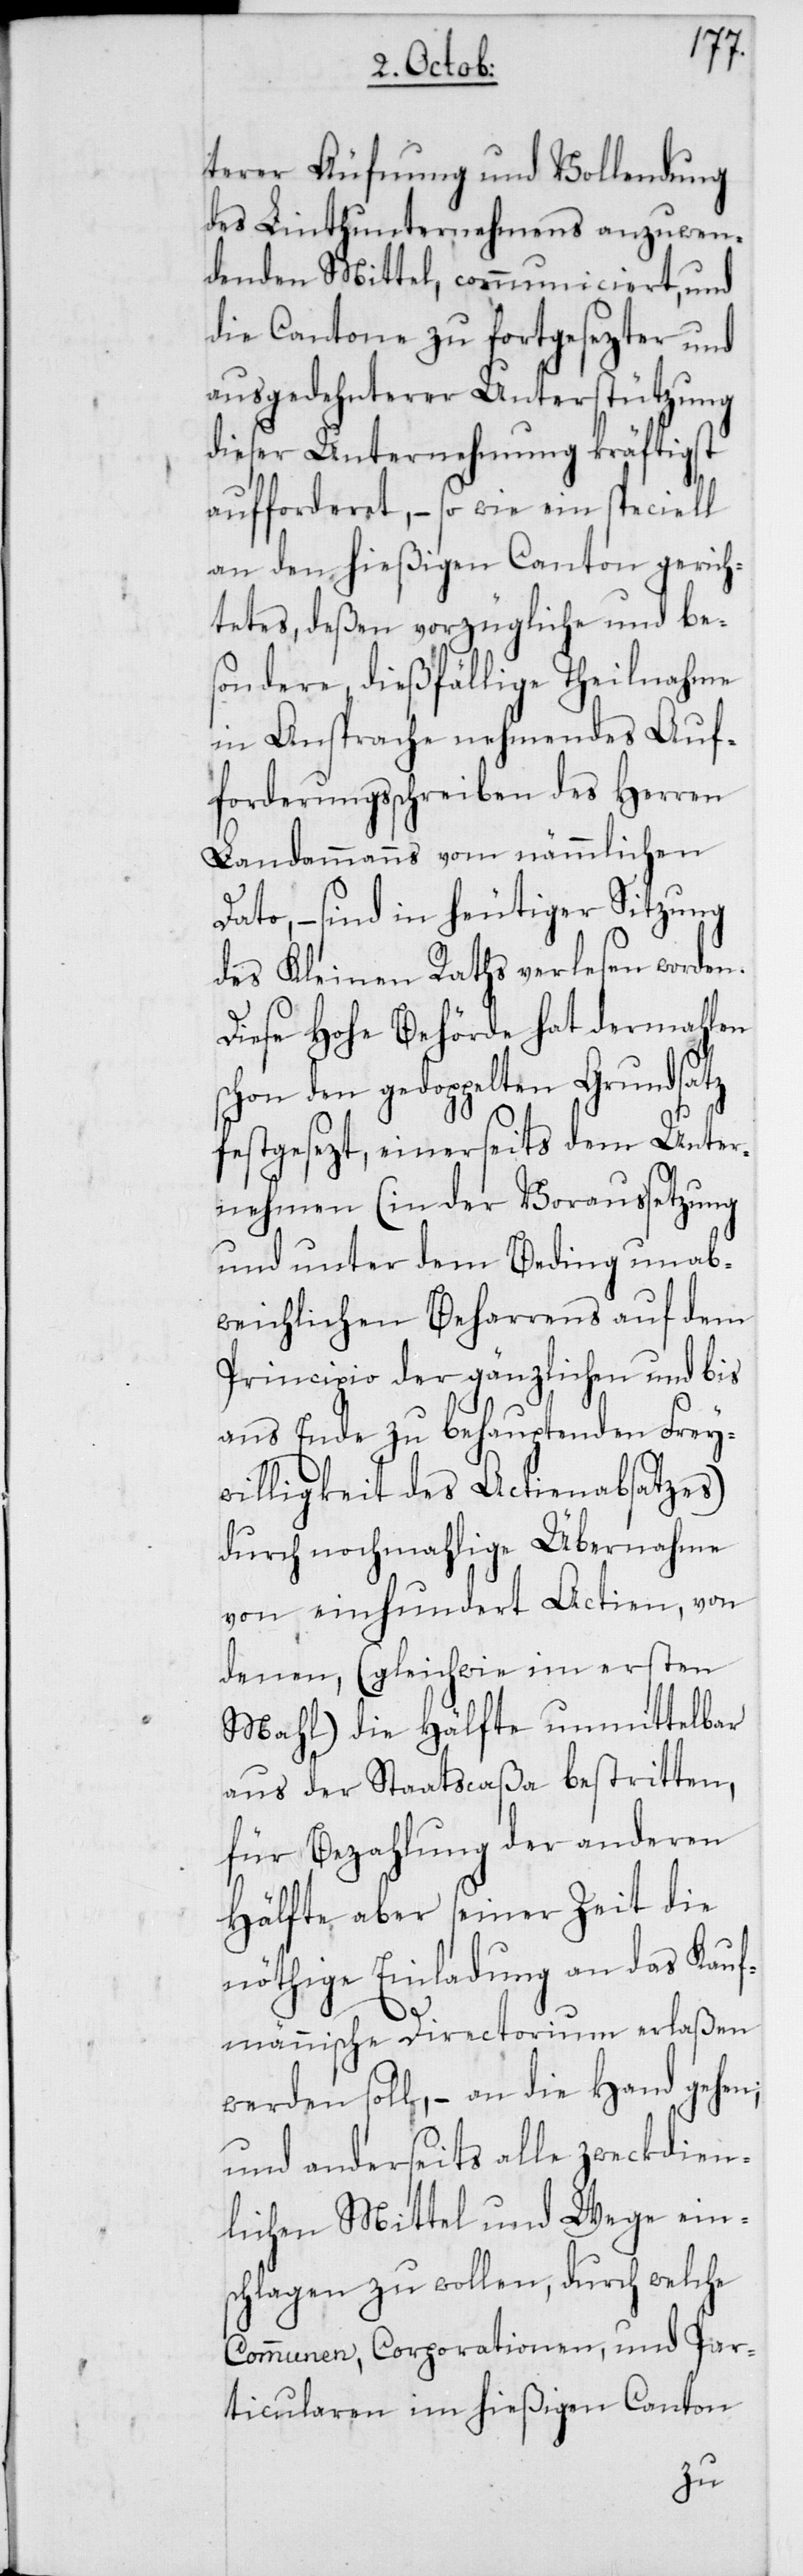
terer Äufnung und Vollendung
des Linthunternehmens anzuwen¬
denden Mittel, communiciert, und
die Cantone zu fortgesezter und
ausgedehnterer Unterstützung
dieser Unternehmung kräftigst
aufforderet, – so wie ein speciell
an den hießigen Canton gerich¬
tetes, deßen vorzügliche und be¬
sondere, dießfällige Theilnahme
in Ansprache nehmendes Auf¬
forderungsschreiben des Herren
Landammanns vom nämmlichen
Dato, – sind in heutiger Sitzung
des Kleinen Raths verlesen worden.
Diese Hohe Behörde hat dermahlen
schon den gedoppelten Grundsatz
festgesezt, einerseits dem Unter¬
nehmen (in der Voraussetzung
und unter dem Beding unab¬
weichlichen Beharrens auf dem
Principio der gänzlichen und bis
ans Ende zu behauptenden Frey¬
willigkeit des Actienabsatzes)
durch nochmahlige Übernahme
von einhundert Actien, von
denen, (gleichwie im ersten
Mahl) die Hälfte unmittelbar
aus der Staatscaßa bestritten,
für Bezahlung der anderen
Hälfte aber seiner Zeit die
nöthige Einladung an das Kauf¬
männische Directorium erlaßen
werden soll, – an die Hand gehen;
und anderseits alle zweckdien¬
lichen Mittel und Wege eins¬
chlagen zu wollen, durch welche
Communen, Corporationen, und Par¬
ticularen im hießigen Canton